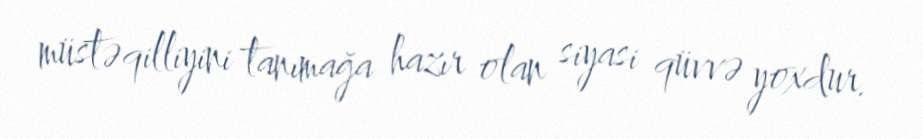
müstəqilliyini tanımağa hazır olan siyasi qüvvə yoxdur.